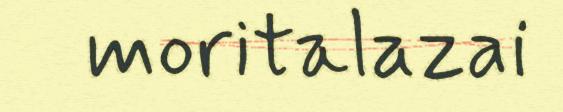
moritalazai